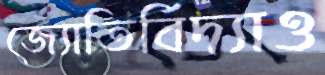
জ্যোতির্বিদ্যাও